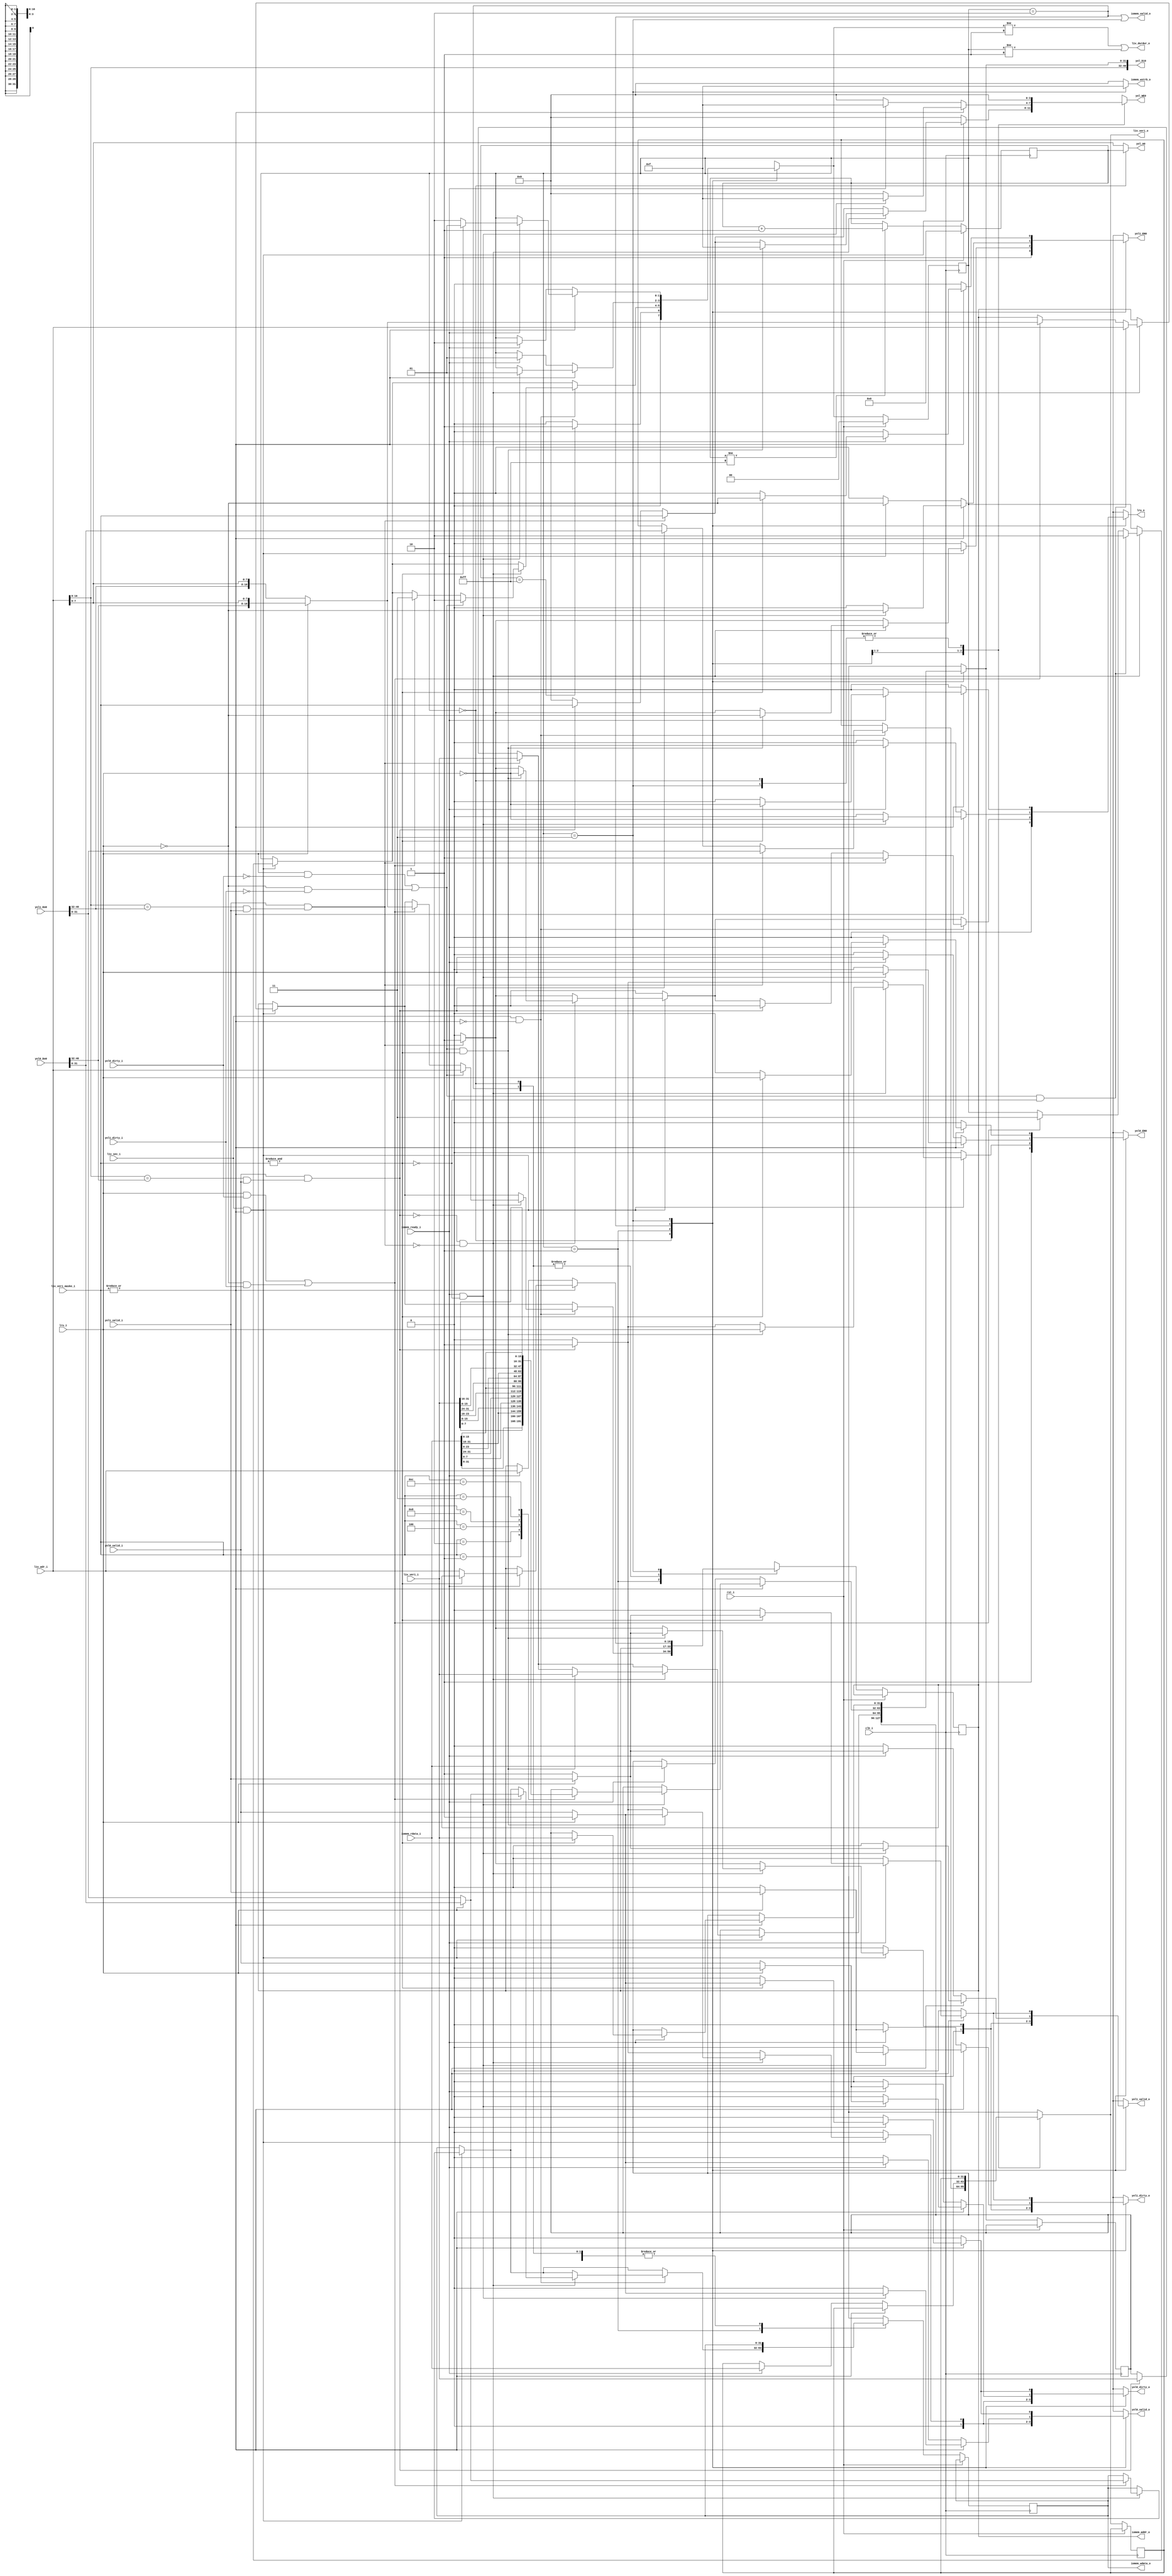
`timescale 1ns / 1ps

`define TAGV 18:10
`define ADRV 9:2

module veri_onbellegi_denetleyici(
   input clk_i,
   input rst_i,
   
   // Bib <-> Buyruk Onbellegi Okuma
   output wire  [31:0] l1v_veri_o,
   output wire        l1v_durdur_o,
   input  wire [31:0] l1v_veri_i,
   input  wire [18:2] l1v_adr_i,
   input  wire [ 3:0] l1v_veri_maske_i,
   input  wire        l1v_sec_i,
   
   // Anabellek Denetleyici <-> buyruk onbellegi
   output wire [18:2] iomem_addr_o,
   output wire        iomem_valid_o,
   output wire [31:0] iomem_wdata_o,
   output wire [3:0]  iomem_wstrb_o,
   input       [31:0] iomem_rdata_i,
   input              iomem_ready_i,
   
   // veri+tag Arayuzu
   output wire        yol0_EN0,
   output wire        yol1_EN0,
   output wire [ 7:0] yol_A0 ,
   output wire [40:0] yol_Di0,
   input  wire [40:0] yol0_Do0,
   input  wire [40:0] yol1_Do0,
   output wire [ 3:0] yol_WE0,
   
   // dirty+lru+valid arayuzu
   input  wire lru_i,
   output reg  lru_o,
   input  wire yol0_valid_i,
   output reg  yol0_valid_o,
   input  wire yol0_dirty_i,
   output reg  yol0_dirty_o,
   input  wire yol1_valid_i,
   output reg  yol1_valid_o,
   input  wire yol1_dirty_i,
   output reg  yol1_dirty_o
);

   localparam  RESET      = 2'b00, // Onbellekleri Resetle
               BOY        = 2'b01, // Bekle, Cache Oku, Cache Yaz
               BELLEK_OKU = 2'b10, // Bellek Oku
               BELLEK_YAZ = 2'b11; // BelleK Yaz
   
   reg [1:0] durum_r;
   reg [1:0] durum_next_r;
   
   // cache cikis sinyalleri
   wire [31:0] data_out_yol0_w;
   wire [31:0] data_out_yol1_w;
   wire [8:0] oku_tag_yol0_w;
   wire [8:0] oku_tag_yol1_w;
   
   // cache kontrol sinyalleri
   reg yaz_en_yol0_r, yaz_en_yol0_next_r;
   reg yaz_en_yol1_r, yaz_en_yol1_next_r;
   reg [31:0] yaz_cache_veri_r, yaz_cache_veri_next_r;
   reg [3:0] wmask_yaz_r, wmask_yaz_next_r;
   
   // Bib output registerlari
   reg [31:0] bib_veri_r, bib_veri_next_r;
   
   // bellek output registerlari
   reg [18:2] iomem_addr_r, iomem_addr_next_r;
   reg [31:0] iomem_wdata_r, iomem_wdata_next_r;
   
   // Sifirlama sayaci
   reg [7:0] counter;
   
   wire [7:0] ADRES = l1v_adr_i[`ADRV];
   
   wire cache_valid_yol0_w = yol0_valid_i;
   wire cache_valid_yol1_w = yol1_valid_i;
   
   wire tag_hit_yol0_w = (l1v_adr_i[`TAGV]==oku_tag_yol0_w) && cache_valid_yol0_w;
   wire tag_hit_yol1_w = (l1v_adr_i[`TAGV]==oku_tag_yol1_w) && cache_valid_yol1_w;
   
   wire cache_dirty_yol0_w = yol0_dirty_i;
   wire cache_dirty_yol1_w = yol1_dirty_i;
   
   wire lru_sec0_w = lru_i;
   
   wire hit_yol0 = (cache_valid_yol0_w && tag_hit_yol0_w);
   wire hit_yol1 = (cache_valid_yol1_w && tag_hit_yol1_w);
   
   assign yol0_EN0 = yaz_en_yol0_next_r;
   assign yol1_EN0 = yaz_en_yol1_next_r;
   assign yol_WE0  = wmask_yaz_next_r;
   assign yol_A0   = (durum_r == RESET) ? counter : l1v_adr_i[`ADRV];
   assign yol_Di0  = {l1v_adr_i[`TAGV], yaz_cache_veri_next_r};
   assign {oku_tag_yol0_w, data_out_yol0_w} =  yol0_Do0;
   assign {oku_tag_yol1_w, data_out_yol1_w} =  yol1_Do0;
   
   assign iomem_valid_o = (durum_r == BELLEK_OKU) || (durum_r == BELLEK_YAZ);
   assign iomem_wstrb_o = (durum_r == BELLEK_YAZ) ? 4'b1111 : 4'b0;
   
   assign l1v_veri_o = bib_veri_next_r;
   assign l1v_durdur_o = (durum_next_r != BOY) || (durum_r != BOY);
   
   assign iomem_addr_o = iomem_addr_r;
   assign iomem_wdata_o = iomem_wdata_r;
   
   always@* begin
      durum_next_r = durum_r;
      
      yaz_en_yol0_next_r = 1'b0;
      yaz_en_yol1_next_r = 1'b0;
      yaz_cache_veri_next_r = yaz_cache_veri_r;
      
      wmask_yaz_next_r = 4'd0;
      
      bib_veri_next_r = bib_veri_r;
      
      iomem_addr_next_r = iomem_addr_r;
      iomem_wdata_next_r = iomem_wdata_r;
      
      yol0_valid_o = 1'b0;
      yol1_valid_o = 1'b0;
      yol0_dirty_o = 1'b0;
      yol1_dirty_o = 1'b0;
      lru_o        = 1'b0;
      case(durum_r)
         RESET: begin
            yol0_valid_o = 1'b0;
            yol1_valid_o = 1'b0;
            yol0_dirty_o = 1'b0;
            yol1_dirty_o = 1'b0;
            lru_o        = 1'b0;
            
            yaz_en_yol0_next_r = 1'b1;
            yaz_en_yol1_next_r = 1'b1;
            durum_next_r = (counter == 8'hff) ? BOY : RESET;
         end
         BOY: begin
            // Yazma (Store) istegi
            if(l1v_sec_i && (|l1v_veri_maske_i)) begin
               if(hit_yol0) begin
                  yaz_cache_veri_next_r = l1v_veri_i;
                  yaz_en_yol0_next_r = 1'b1;
                  wmask_yaz_next_r = l1v_veri_maske_i;
                  yol0_valid_o = 1'b1;
                  yol0_dirty_o = 1'b1;
                  lru_o = 1'b0;
               end
               
               if(hit_yol1) begin
                  yaz_cache_veri_next_r = l1v_veri_i;
                  yaz_en_yol1_next_r = 1'b1;
                  wmask_yaz_next_r = l1v_veri_maske_i;
                  yol1_valid_o = 1'b1;
                  yol1_dirty_o = 1'b1;
                  lru_o = 1'b1;
               end
               
               // Hit yoksa lruya gore yaz
               if(~hit_yol0 & ~hit_yol1) begin
                  // LRU olmayan Kirli
                  if((lru_sec0_w && cache_dirty_yol0_w) || (!lru_sec0_w && cache_dirty_yol1_w)) begin
                     durum_next_r = BELLEK_YAZ;
                     iomem_wdata_next_r = lru_sec0_w ? data_out_yol0_w : data_out_yol1_w;
                     iomem_addr_next_r = lru_sec0_w ? {oku_tag_yol0_w,l1v_adr_i[`ADRV]}
                                                         : {oku_tag_yol1_w,l1v_adr_i[`ADRV]};
                  end
                  
                  // LRU olmayan temiz ve word yazilacak
                  if(((lru_sec0_w && !cache_dirty_yol0_w) || (!lru_sec0_w && !cache_dirty_yol1_w)) && (&l1v_veri_maske_i)) begin
                     yaz_cache_veri_next_r = l1v_veri_i;
                     yaz_en_yol0_next_r = lru_sec0_w;
                     yaz_en_yol1_next_r = !lru_sec0_w;
                     wmask_yaz_next_r = 4'b1111;
                     yol0_valid_o = lru_sec0_w ? 1'b1 : yol0_valid_i;
                     yol0_dirty_o = lru_sec0_w ? 1'b1 : yol0_valid_i;
                     yol1_valid_o = ~lru_sec0_w ? 1'b1 : yol1_valid_i;
                     yol1_dirty_o = ~lru_sec0_w ? 1'b1 : yol1_valid_i;
                     lru_o = ~lru_i;
                  end
                  
                  // LRU olmayan temiz ama word yazilmayacak, geri kalan bytelarin bellekten okunmasi gerek
                  if(((lru_sec0_w && !cache_dirty_yol0_w) || (!lru_sec0_w && !cache_dirty_yol1_w)) && ~(&l1v_veri_maske_i)) begin
                     durum_next_r = BELLEK_OKU;
                     iomem_addr_next_r = l1v_adr_i;
                  end
               end
            end
            
            // Okuma (Load) istegi
            if(l1v_sec_i && ~(|l1v_veri_maske_i)) begin
               if(hit_yol0) begin
                  bib_veri_next_r = data_out_yol0_w;
                  lru_o = 1'b0;
               end
               
               if(hit_yol1) begin
                  bib_veri_next_r = data_out_yol1_w;
                  lru_o = 1'b1;
               end
               
               if(~hit_yol0 & ~hit_yol1) begin
                  // LRU olmayan Kirli
                  if((lru_sec0_w && cache_dirty_yol0_w) || (!lru_sec0_w && cache_dirty_yol1_w)) begin
                     durum_next_r = BELLEK_YAZ;
                     iomem_wdata_next_r = lru_sec0_w ? data_out_yol0_w : data_out_yol1_w;
                     iomem_addr_next_r = lru_sec0_w ? {oku_tag_yol0_w,l1v_adr_i[`ADRV]}
                                                         : {oku_tag_yol1_w,l1v_adr_i[`ADRV]};
                  end
                  
                  // LRU olmayan temiz
                  if(((lru_sec0_w && !cache_dirty_yol0_w) || (!lru_sec0_w && !cache_dirty_yol1_w))) begin
                     durum_next_r = BELLEK_OKU;
                     iomem_addr_next_r = l1v_adr_i;
                  end
               end
            end
         end
         
         BELLEK_OKU: begin
            // Okuma (Load) istegi
            if(!(|l1v_veri_maske_i)) begin
               if(iomem_ready_i) begin
                  durum_next_r = BOY;
                  // Okunan veriyi cache'e yaz
                  yaz_cache_veri_next_r = iomem_rdata_i;
                  yaz_en_yol0_next_r = lru_sec0_w;
                  yaz_en_yol1_next_r = !lru_sec0_w;
                  wmask_yaz_next_r = 4'b1111;
                  yol0_valid_o = lru_sec0_w ? 1'b1 : yol0_valid_i;
                  yol0_dirty_o = lru_sec0_w ? 1'b0 : yol0_valid_i;
                  yol1_valid_o = ~lru_sec0_w ? 1'b1 : yol1_valid_i;
                  yol1_dirty_o = ~lru_sec0_w ? 1'b0 : yol1_valid_i;
                  lru_o = ~lru_i;
                  // veriyi cikisa ver
                  bib_veri_next_r = iomem_rdata_i;
               end
            end
            // Yazma (Store) istegi
            else begin
               if(iomem_ready_i && ~(&l1v_veri_maske_i)) begin
                  durum_next_r = BOY;
                  // Okunan veriyi cache'e yaz
                  yaz_en_yol0_next_r = lru_sec0_w;
                  yaz_en_yol1_next_r = !lru_sec0_w;
                  wmask_yaz_next_r = 4'b1111;
                  case(l1v_veri_maske_i)
                     4'b0001: yaz_cache_veri_next_r = {iomem_rdata_i[31:24],iomem_rdata_i[23:16],iomem_rdata_i[15:8],l1v_veri_i   [7:0]};
                     4'b0010: yaz_cache_veri_next_r = {iomem_rdata_i[31:24],iomem_rdata_i[23:16],l1v_veri_i   [15:8],iomem_rdata_i[7:0]};
                     4'b0100: yaz_cache_veri_next_r = {iomem_rdata_i[31:24],l1v_veri_i   [23:16],iomem_rdata_i[15:8],iomem_rdata_i[7:0]};
                     4'b1000: yaz_cache_veri_next_r = {l1v_veri_i   [31:24],iomem_rdata_i[23:16],iomem_rdata_i[15:8],iomem_rdata_i[7:0]};
                     4'b0011: yaz_cache_veri_next_r = {iomem_rdata_i[31:24],iomem_rdata_i[23:16],l1v_veri_i   [15:8],l1v_veri_i   [7:0]};
                     4'b1100: yaz_cache_veri_next_r = {l1v_veri_i   [31:24],l1v_veri_i   [23:16],iomem_rdata_i[15:8],iomem_rdata_i[7:0]};
                     default: begin
                     end
                  endcase
                  yol0_valid_o =  lru_sec0_w ? 1'b1 : yol0_valid_i;
                  yol0_dirty_o =  lru_sec0_w ? 1'b0 : yol0_valid_i;
                  yol1_valid_o = ~lru_sec0_w ? 1'b1 : yol1_valid_i;
                  yol1_dirty_o = ~lru_sec0_w ? 1'b0 : yol1_valid_i;
                  lru_o = ~lru_i;
               end
            end
         end
         
         BELLEK_YAZ: begin
            // Okuma (Load) istegi
            if(!(|(l1v_veri_maske_i))) begin
               if(iomem_ready_i) begin
                  durum_next_r = BELLEK_OKU;
                  iomem_addr_next_r = l1v_adr_i;
               end
            end
            // Yazma (Store) istegi
            else begin
               if(iomem_ready_i) begin
                  if(&l1v_veri_maske_i) begin
                     durum_next_r = BOY;
                     // Bib'in verisini cache'e yaz
                     yaz_en_yol0_next_r =  lru_sec0_w;
                     yaz_en_yol1_next_r = !lru_sec0_w;
                     yaz_cache_veri_next_r = l1v_veri_i;
                     yol0_valid_o =  lru_sec0_w ? 1'b1 : yol0_valid_i;
                     yol0_dirty_o =  lru_sec0_w ? 1'b1 : yol0_valid_i;
                     yol1_valid_o = ~lru_sec0_w ? 1'b1 : yol1_valid_i;
                     yol1_dirty_o = ~lru_sec0_w ? 1'b1 : yol1_valid_i;
                     lru_o = ~lru_i;
                  end
                  
                  if(~(&l1v_veri_maske_i)) begin
                     durum_next_r = BELLEK_OKU;
                     // Byte okuma istegini bellekten oku
                     iomem_addr_next_r = l1v_adr_i;
                  end
               end
            end
         end
      endcase
   end

   always@(posedge clk_i) begin
      if(rst_i) begin
         durum_r <= RESET;
         yaz_en_yol0_r <= 1'b0;
         yaz_en_yol1_r <= 1'b0;
         wmask_yaz_r <= 4'b0;
         counter     <= 8'b0;
      end
      else begin
         counter <= (counter != 8'hff) ? (counter + 8'b1) : counter;
         durum_r <= durum_next_r;
         yaz_en_yol0_r <= yaz_en_yol0_next_r;
         yaz_en_yol1_r <= yaz_en_yol1_next_r;
         yaz_cache_veri_r <= yaz_cache_veri_next_r;
         wmask_yaz_r <= wmask_yaz_next_r;
         bib_veri_r <= bib_veri_next_r;
         iomem_addr_r <= iomem_addr_next_r;
         iomem_wdata_r <= iomem_wdata_next_r;
      end
      
   end

endmodule